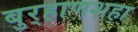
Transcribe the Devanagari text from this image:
बुर्‍हाणशहा